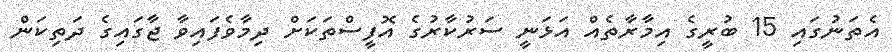
އެތަނުގައި 15 ބުރީގެ އިމާރާތެއް އަޅަނީ ސަރުކާރުގެ އޮފީސްތަކަށް ދިމާވެފައިވާ ޖާގައިގެ ދަތިކަން